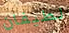
لطيفان